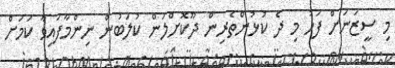
މި ސީޒަނަށް ފަހު މި ދެ ކުޅުންތެރިން ދޫކޮށްލަން ކުލަބުން ނިންމާފައިވާ ކަމަށް